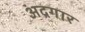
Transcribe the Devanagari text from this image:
अदगार